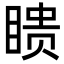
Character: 瞆